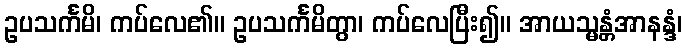
ဥပသင်္ကမိ၊ ကပ်လေ၏။ ဥပသင်္ကမိတွာ၊ ကပ်လေပြီး၍။ အာယသ္မန္တံအာနန္ဒံ၊